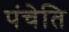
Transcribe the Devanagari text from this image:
पंचेति